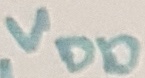
Text: VDD